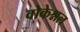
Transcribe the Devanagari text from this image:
वोकेश्नल